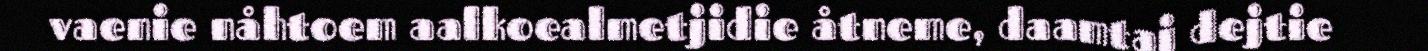
vaenie nåhtoem aalkoealmetjidie åtneme, daamtaj dejtie